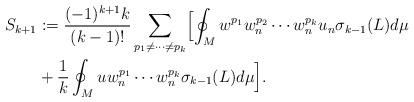
LaTeX: \begin{align*} S_{k+1} & := \frac{(-1)^{k+1}k}{(k-1)!}\sum_{p_1\neq \dotsb \neq p_k} \Bigl[\oint_M w^{p_1} w^{p_2}_{n}\dotsm w^{p_{k}}_n u_n\sigma_{k-1}(L)d\mu \\ & +\frac{1}{k}\oint_M u w^{p_1}_n \dotsm w^{p_{k}}_n \sigma_{k-1}(L )d\mu \Bigr] .\end{align*}